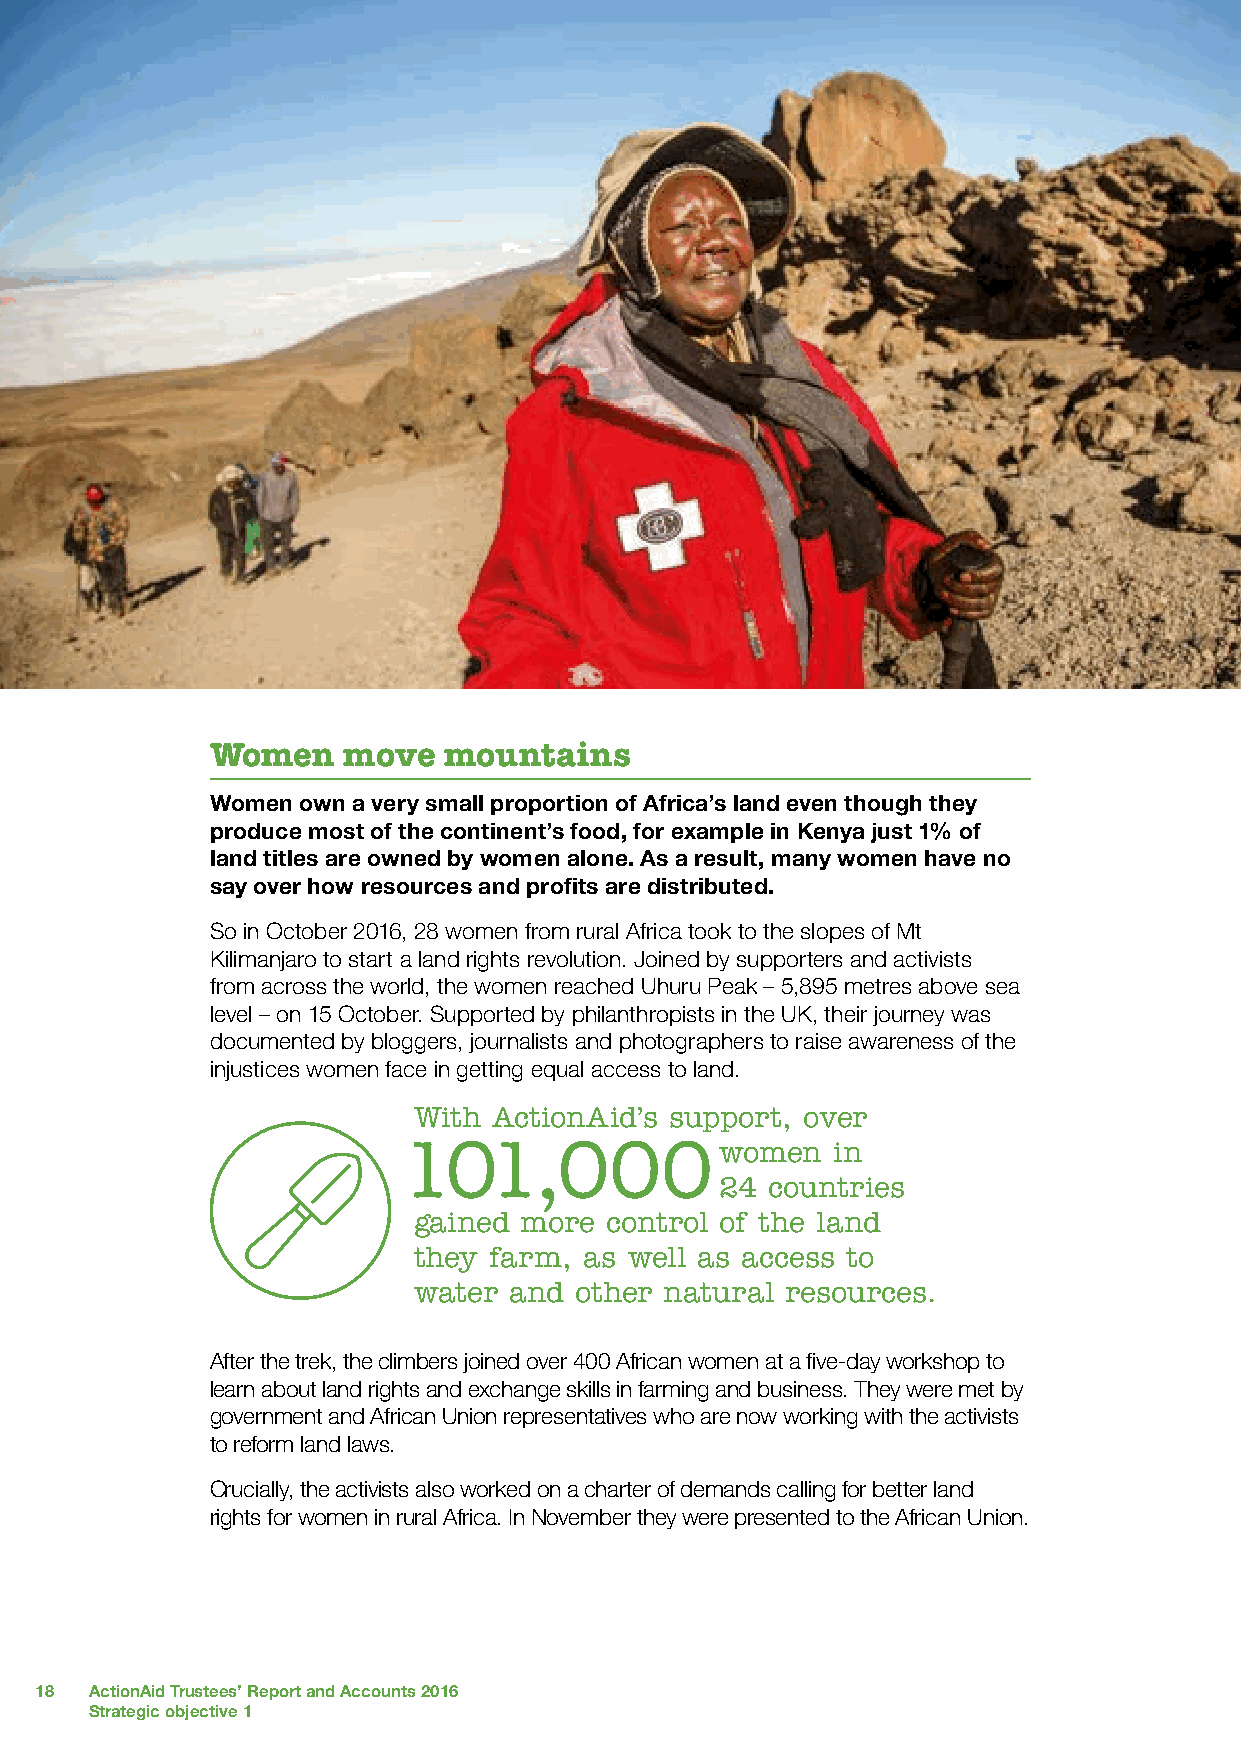
Women    move  mountains
 Women own a very small proportion of Africa’s land even though they
 produce most of the continent’s food, for example in Kenya just 1% of
 land titles are owned by women alone. As a result, many women have no
 say over how resources and profits are distributed.
 So in October 2016, 28 women from rural Africa took to the slopes of Mt
 Kilimanjaro to start a land rights revolution. Joined by supporters and activists
 from across the world, the women reached Uhuru Peak – 5,895 metres above sea
 level – on 15 October. Supported by philanthropists in the UK, their journey was
 documented by bloggers, journalists and photographers to raise awareness of the
 injustices women face in getting equal access to land.
 With  ActionAid’s support, over
 101,000              women  in
 24 countries
 gained more  control of the land
 they farm,  as well as access to
 water  and other natural resources.
 After the trek, the climbers joined over 400 African women at a five-day workshop to
 learn about land rights and exchange skills in farming and business. They were met by
 government and African Union representatives who are now working with the activists
 to reform land laws.
 Crucially, the activists also worked on a charter of demands calling for better land
 rights for women in rural Africa. In November they were presented to the African Union.
 18  ActionAid Trustees’ Report and Accounts 2016
 Strategic objective 1